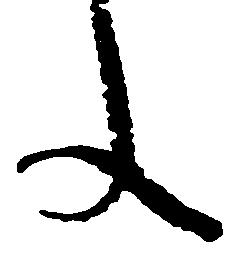
文